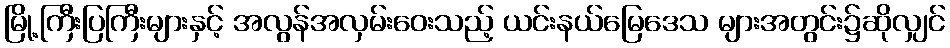
မြို့ကြီးပြကြီးများနှင့် အလွန်အလှမ်းဝေးသည့် ယင်းနယ်မြေဒေသ များအတွင်း၌ဆိုလျှင်